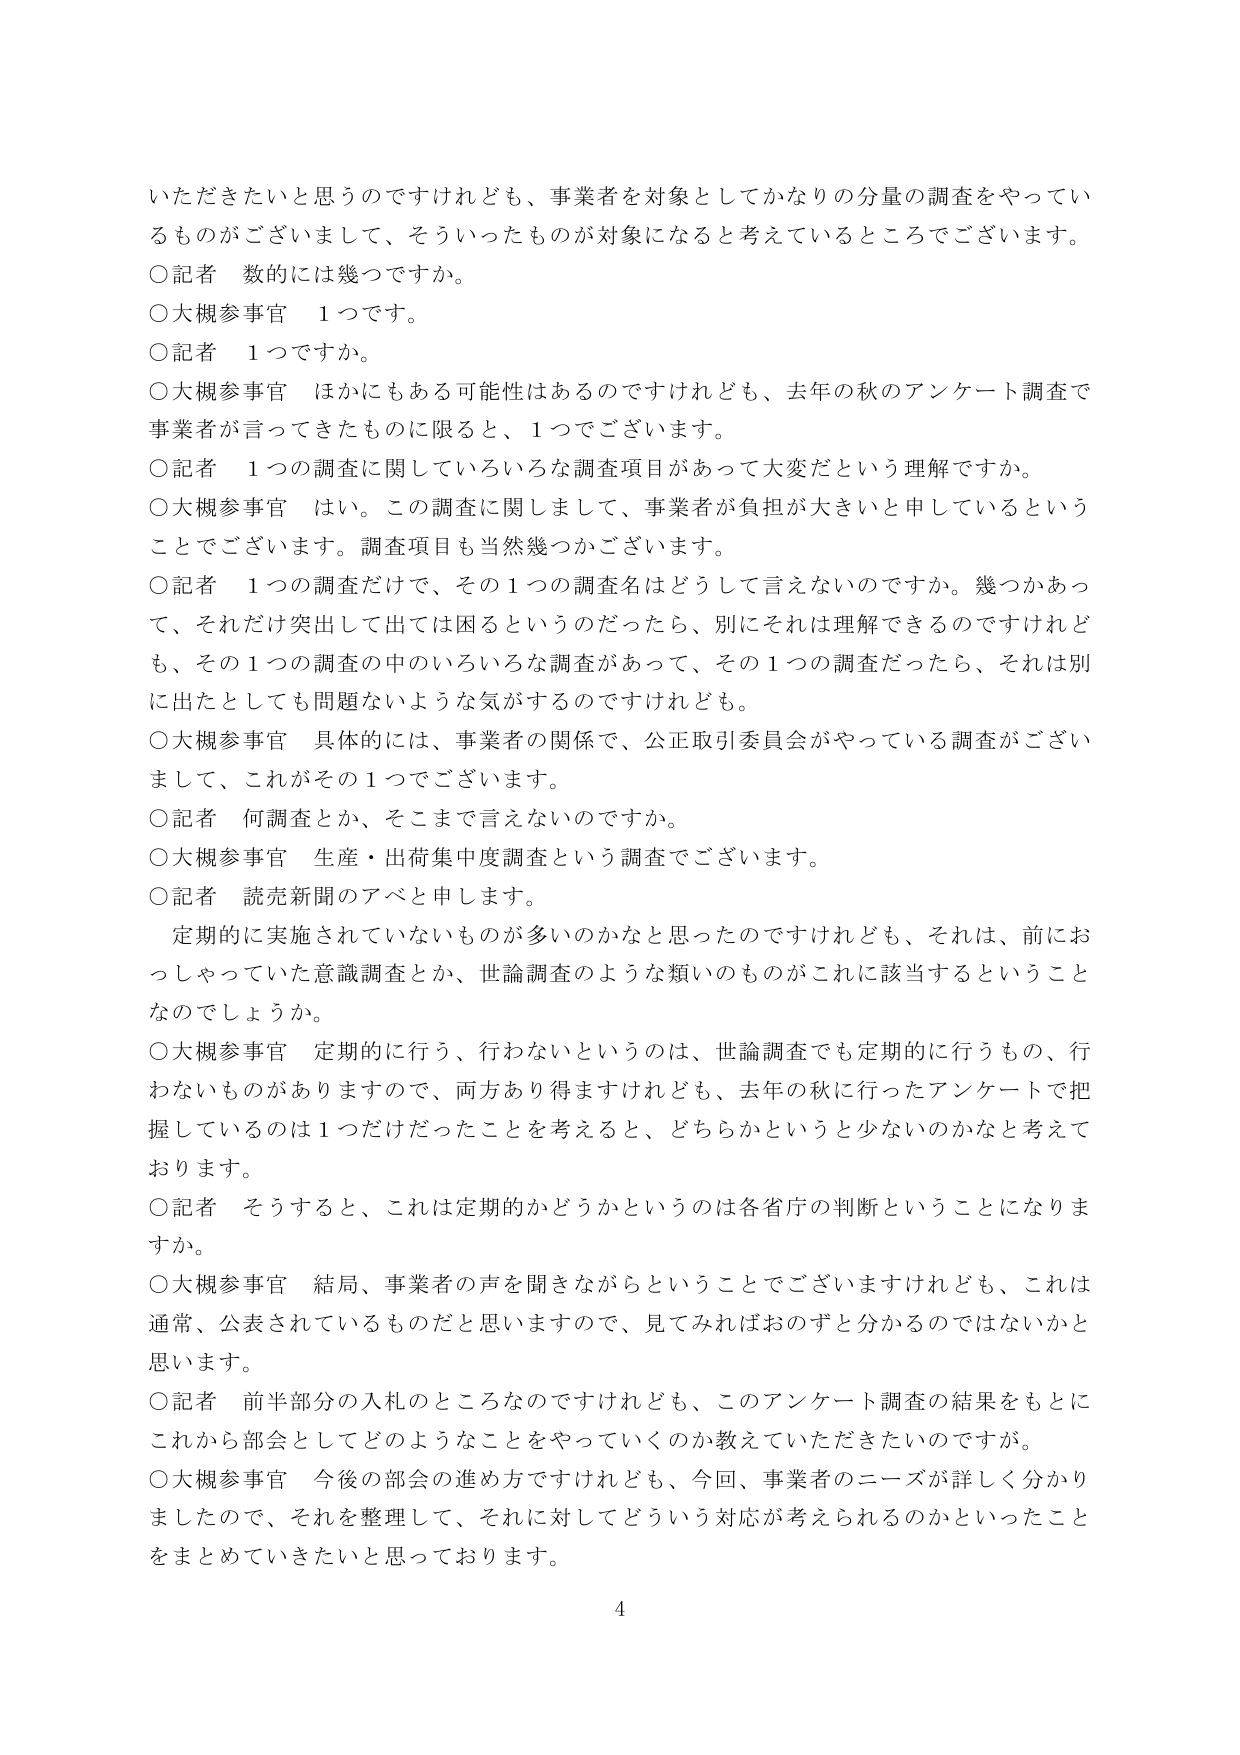
いただきたいと思うのですけれども、事業者を対象としてかなりの分量の調査をやってい
るものがございまして、そういったものが対象になると考えているところでございます。
〇記者 数的には幾つですか。
〇大槻参事官 1つです。
〇記者 1つですか。
〇大槻参事官 ほかにもある可能性はあるのですけれども、去年の秋のアンケート調査で
事業者が言ってきたものに限ると、1つでございます。
〇記者 1つの調査に関していろいろな調査項目があって大変だという理解ですか。
〇大槻参事官 はい。この調査に関しまして、事業者が負担が大きいと申ししているという
ことでございます。調査項目も当然幾つかございます。
〇記者 1つの調査だけで、その1つの調査名はどうして言えないのですか。幾つかあって、それだけ突出して出ては困るというのだったら、別にそれは理解できるのですけれども、その1つの調査の中のいろいろな調査があって、その1つの調査だったら、それは別に出たとしても問題ないような気がするのですけれども。
〇大槻参事官 具体的には、事業者の関係で、公正取引委員会がやっている調査がございまして、これがその1つでございます。
〇記者 何調査とか、そこまで言えないのですか。
〇大槻参事官 生産・出荷集中度調査という調査でございます。
〇記者 読売新聞のアベと申します。
定期的に実施されていないものが多いのかなと思ったのですけれども、それは、前におっしゃっていた意識調査とか、世論調査のような類いのものがこれに該当するということなのでしょうか。
〇大槻参事官 定期的に行う、行わないというのは、世論調査でも定期的に行うもの、行わないものがありますので、両方あり得ますけれども、去年の秋に行ったアンケートで把握しているのは1つだけだったことを考えると、どちらかというと少ないのかなと考えております。
〇記者 そうすると、これは定期的かどうかというのは各省庁の判断ということになりますか。
〇大槻参事官 結局、事業者の声を聞きながらということでございますけれども、これは通常、公表されているものだと思いますので、見てみればおのずと分かるのではないかと思います。
〇記者 前半部分の入札のところなのですが、このアンケート調査の結果をもとにこれから部会としてどのようなことをやっていくのか教えていただきたいのですが。
〇大槻参事官 今後の部会の進め方ですけれども、今回、事業者のニーズが詳しく分かりましたので、それを整理して、それに対してどういう対応が考えられるのかといったことをまとめていきたいと思っております。
4